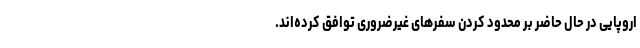
اروپایی در حال حاضر بر محدود کردن سفرهای غیرضروری توافق کرده‌اند.